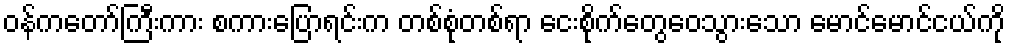
ဝန်ကတော်ကြီးကား စကားပြောရင်းက တစ်စုံတစ်ရာ ငေးစိုက်တွေဝေသွားသော မောင်မောင်ငယ်ကို